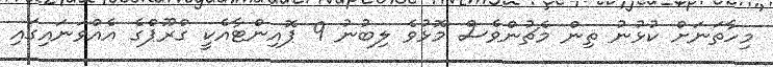
މިހާތަނަށް ކުޅުނު ތިން މެޗުންވެސް މޮޅުވެ ލިބުނު 9 ޕޮއިންޓާއެކީ ގްރޫޕްގެ އެއްވަނައިގައި